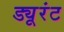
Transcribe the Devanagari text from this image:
ड्यूरंट